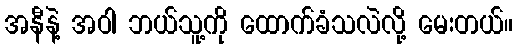
အနီနဲ့ အဝါ ဘယ်သူ့ကို ထောက်ခံသလဲလို့ မေးတယ်။